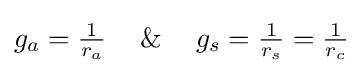
g_{a}={\tfrac {1}{r_{a}}}~~\And ~~g_{s}={\tfrac {1}{r_{s}}}={\tfrac {1}{r_{c}}}